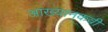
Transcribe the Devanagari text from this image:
आख्यानकवी